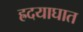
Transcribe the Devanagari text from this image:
ह्रदयाघात